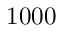
1 0 0 0